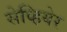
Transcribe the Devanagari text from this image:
सेव्हियेर